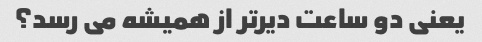
یعنی دو ساعت دیرتر از همیشه می رسد؟